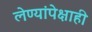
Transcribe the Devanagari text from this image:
लेण्यांपेक्षाही